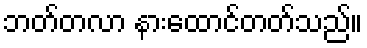
ဘတ်တလာ နားထောင်တတ်သည်။